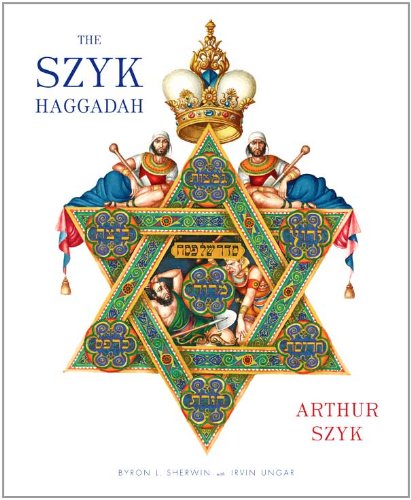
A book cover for The Szyk Haggadah: Freedom Illuminated; Arthur Szyk; Religion & Spirituality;